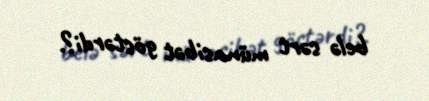
belə sərt münasibət göstərdi?.